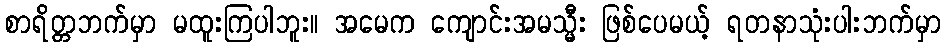
စာရိတ္တဘက်မှာ မထူးကြပါဘူး။ အမေက ကျောင်းအမသ္မီး ဖြစ်ပေမယ့် ရတနာသုံးပါးဘက်မှာ